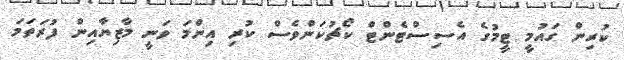
ކުރިން ގައުމީ ޓީމުގެ އެސިސްޓެންޓް ކޯޗުކަންވެސް ކުރި އިންމަ ވަނީ މާޒިޔާއިން ފުރަތަމަ